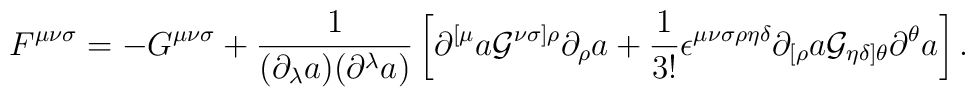
F^{{\mu}{\nu}{\sigma}}=-G^{{\mu}{\nu}{\sigma}}+\frac{1}{({\partial}_{\lambda}a)({\partial}^{\lambda}a)}\left[{\partial}^{[{\mu}}a{\cal G}^{{\nu}{\sigma}]{\rho}}{\partial}_{\rho}a+\frac{1}{3!}{\epsilon}^{{\mu}{\nu}{\sigma}{\rho}{\eta}{\delta}}{\partial}_{[{\rho}}a{\cal G}_{{\eta}{\delta}]{\theta}}{\partial}^{\theta}a\right].